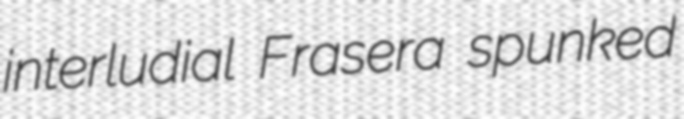
interludial Frasera spunked